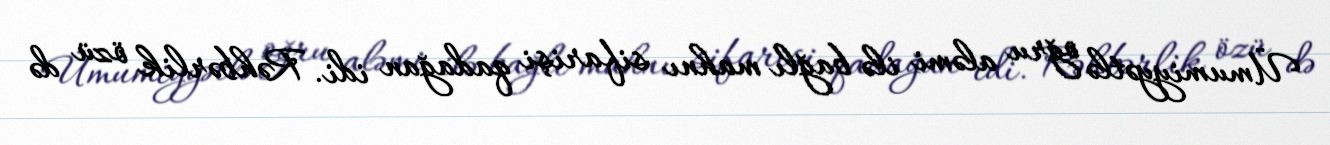
Ümumiyyətlə oğru aləmi ilə bağlı mahnı sifarişi qadağan idi. Rəhbərlik özü də